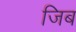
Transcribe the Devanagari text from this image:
जिब